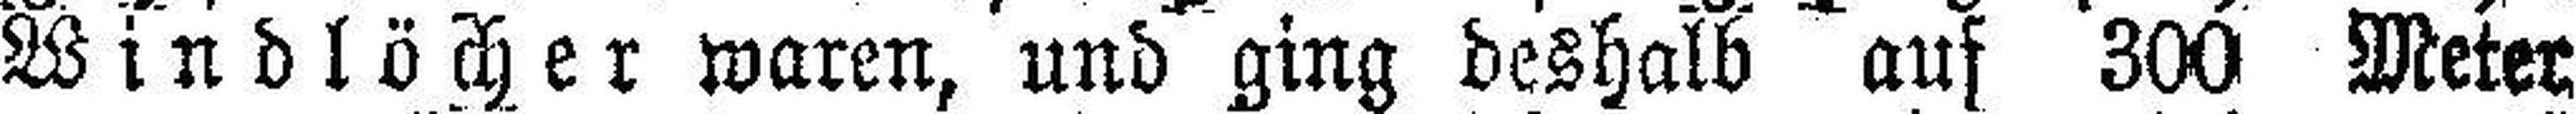
Windlöcher waren, und ging deshalb auf 300 Meter